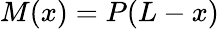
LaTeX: M(x)=P(L-x)